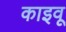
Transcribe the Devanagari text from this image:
काइवू